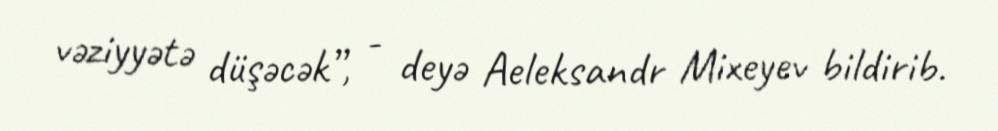
vəziyyətə düşəcək”, - deyə Aeleksandr Mixeyev bildirib.